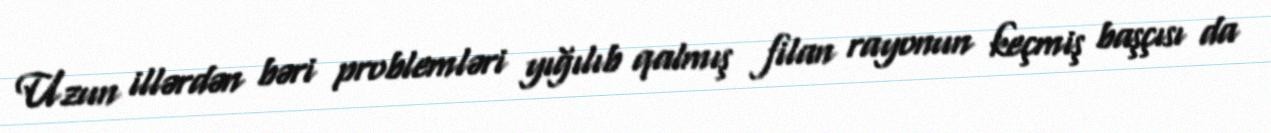
Uzun illərdən bəri problemləri yığılıb qalmış filan rayonun keçmiş başçısı da